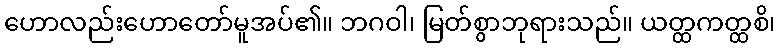
ဟောလည်းဟောတော်မူအပ်၏။ ဘဂဝါ၊ မြတ်စွာဘုရားသည်။ ယတ္ထကတ္ထစိ၊